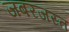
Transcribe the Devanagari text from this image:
जबरजस्त